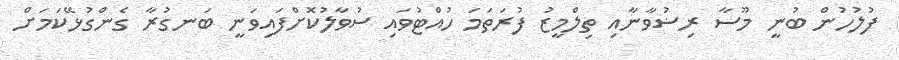
ފުލުހުން ބުނީ މޫސާ ރިޟުވާނާއި ތިލްމީޒު ފުރަތަމަ ހުއްޓުވައި ސުވާލުކޮށްފައިވަނީ ބަނގުރާ ގެންގުޅޭކަމަށް